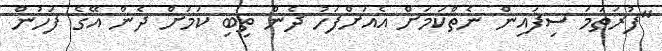
"ފުރަތަމަ ސިފައިން ނެތްކަމަށް އެއަށްފަހު ދެން ތިބި ކަމަށް ދެން އޭގެ ފަހުން